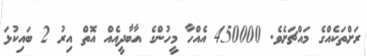
ރަށްތަކެއްގެ މައްޗަށެވެ. 450000 އެއްހާ މީހުންގެ އާބާދީއެއް އޮތް އިރު 2 ބައިކުޅަ